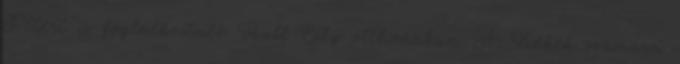
Pétert is foglalkoztató Hull City otthonában. A Kékek számára